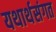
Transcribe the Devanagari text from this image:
यथार्थसंगत